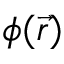
\phi ( \vec { r } )